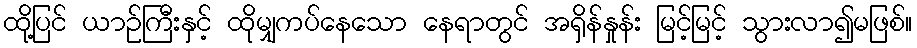
ထို့ပြင် ယာဉ်ကြီးနှင့် ထိုမျှကပ်နေသော နေရာတွင် အရှိန်နှုန်း မြင့်မြင့် သွားလာ၍မဖြစ်။